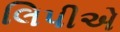
લિપીએ